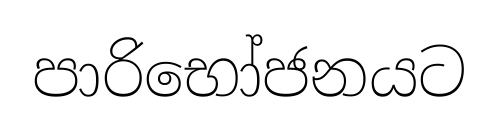
පාරිභෝජනයට